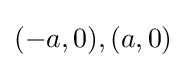
(-a,0),(a,0)